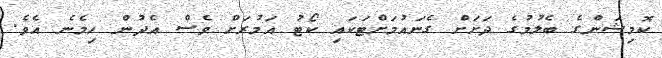
ކޮމިޝަންގެ ބެލުމުގެ ދަށަށް ގެނައުމަށްޓަކައި ކޯޓު އަމުރަށް ވެސް އެދުން ހިމެނެ އެވެ.